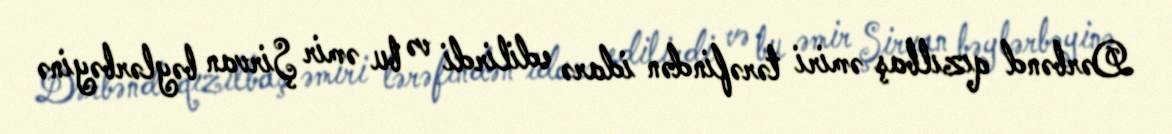
Dərbənd qızılbaş əmiri tərəfindən idarə edilirdi və bu əmir Şirvan bəylərbəyinə